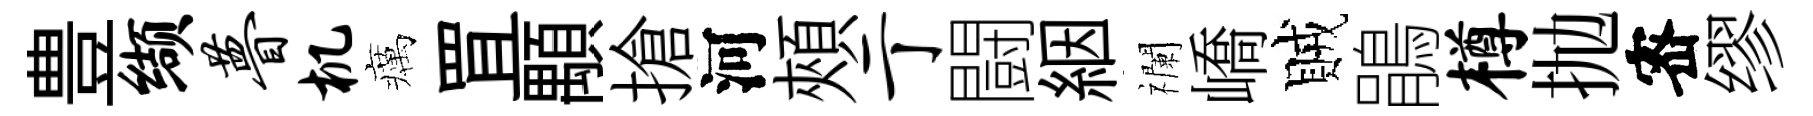
豊缬瞢机癘罝顒搶河頰亍闘絪襴嶠賊鵑樽抛宻缪